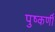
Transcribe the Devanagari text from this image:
पुष्कर्णी